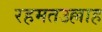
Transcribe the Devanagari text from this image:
रहमतउल्लाह